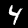
Label: 4